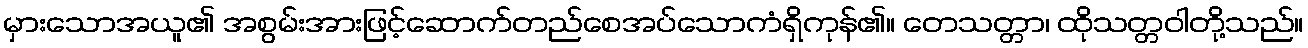
မှားသောအယူ၏ အစွမ်းအားဖြင့်ဆောက်တည်စေအပ်သောကံရှိကုန်၏။ တေသတ္တာ၊ ထိုသတ္တဝါတို့သည်။